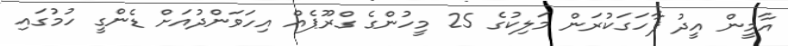
އާމީން އީދު ފާހަގަކުރަން މަލިކުގެ 25 މީހުންގެ ގްރޫޕެއް އިހަވަންދުއަށް ޑެންގީ ހުމުގައި